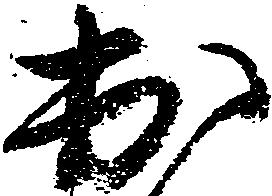
出